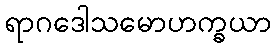
ရာဂဒေါသမောဟက္ခယာ